Leningradi_Edasi_toimetus, lk 29
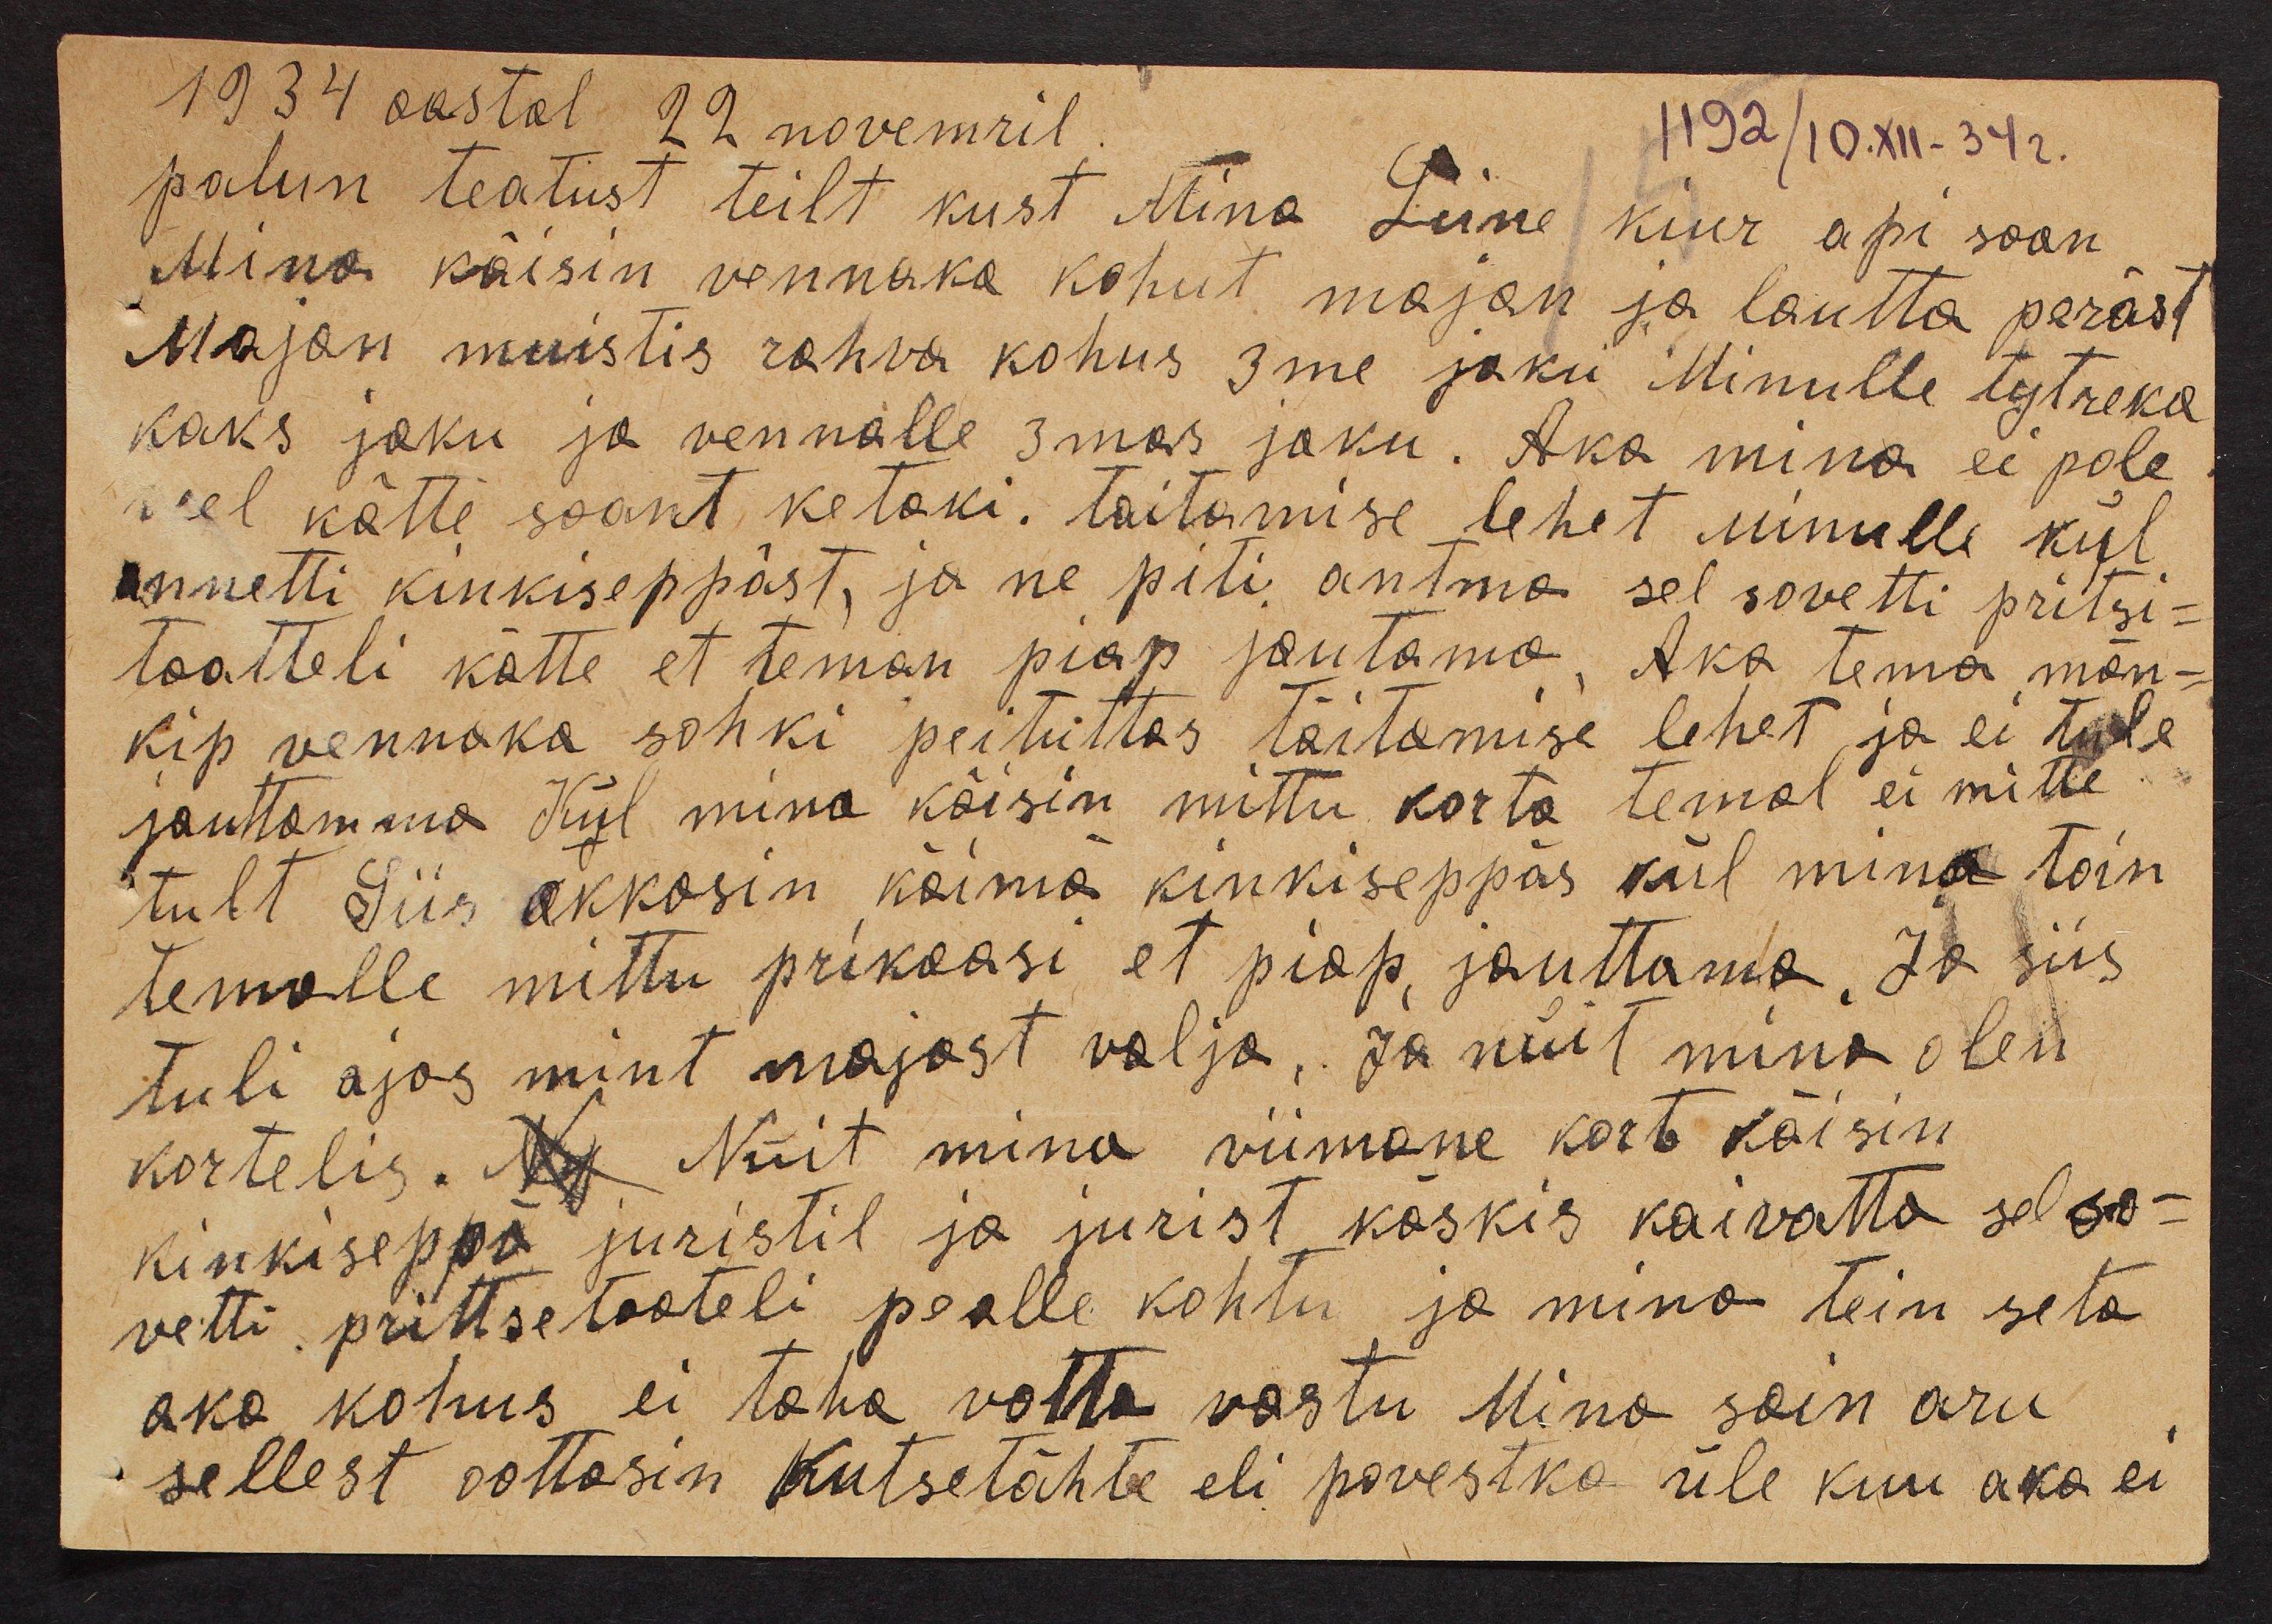
1934 aastal 22 novemril
palun teatust teilt kust Mina Liine Kiur api saan
Mina käisin vennaka kohut majan ja lautta peräst
Majan muistis rahva kohus 3me jaku Minulle tytreka
kaks jaku ja vennalle 3mas jaku. Aka mina ei pole
veel kätte saant ketaki. Taitamise lehet Minulle kül
annetti kinkiseppäst, ja ne piti antma sel sovetti pritsi-
taatteli kätte et teman piap joutama, Aka tema män-
kip vennaka sohki peitüttas täitamise lehet ja ei tule
jauttamma Kül mina käisin mittu korta temal ei mitte
tult Siis akkasin käimä kinkiseppäs kül mina toin
temalle mittu prikaasi et piap, jauttama. Ja siis
tuli ajas mint majast valja, Ja nüit mina olen
kortelis. Ny Nüit mina viimane kort käisin
kinkiseppä juristil ja jurist käskis kaivatta selso-
vetti prittsetaateli pealle kohtu ja mina tein seta
aka kohus ei taha votta vastu Mina sain aru
sellest oottasin kutsetähte eli povestka üle kuu aka ei

1192/10.XII-342.